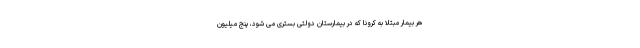
هر بیمار مبتلا به کرونا که در بیمارستان دولتی بستری می شود، پنج میلیون